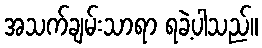
အသက်ချမ်းသာရာ ရခဲ့ပါသည်။